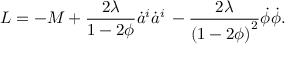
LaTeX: L = - M + { \frac { 2 \lambda } { 1 - 2 \phi } } \dot { a } ^ { i } \dot { a } ^ { i } \nonumber \, - { \frac { 2 \lambda } { { ( 1 - 2 \phi ) } ^ { 2 } } } \dot { \phi } \dot { \phi } .